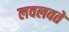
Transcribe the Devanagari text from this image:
लवलवते